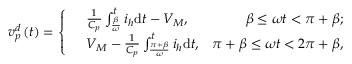
{ v _ { p } ^ { d } } \left( t \right) = \left\{ \begin{array} { r l r } & { \frac { 1 } { C _ { p } } \int _ { \frac { \beta } { \omega } } ^ { t } i _ { h } \mathrm { d } t - { V _ { M } } , } & { \beta \le \omega t < \pi + \beta ; } \\ & { { V _ { M } } - \frac { 1 } { C _ { p } } \int _ { \frac { \pi + \beta } { \omega } } ^ { t } i _ { h } \mathrm { d } t , } & { \pi + \beta \le \omega t < 2 \pi + \beta , } \end{array} \right.